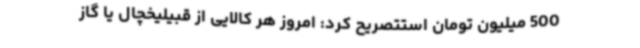
500 میلیون تومان استتصریح کرد: امروز هر کالایی از قبیلیخچال یا گاز